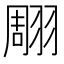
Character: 翢